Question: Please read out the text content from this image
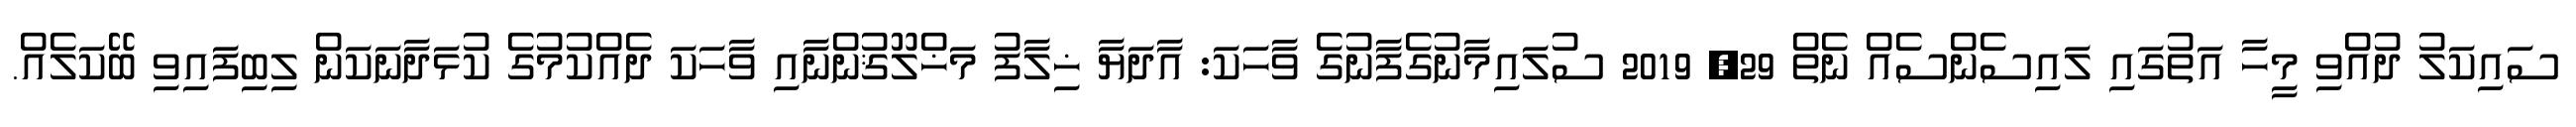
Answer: ސައިކަލު ދުއްވި މީހާ އަތުގައި ލައިސެންސެއް ނެތް 29, 2019 ސުލައިމާނުގެފާނުގެ ވާހަކަ: އާދަޔާ ޚިލާފު މަޚްލޫޤުންނާއި ވާހަކަ ދެއްކުމުގެ ކުޅަދާނަކަން ލިބިފައިވި ބޭކަލެއް.